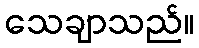
သေချာသည်။